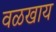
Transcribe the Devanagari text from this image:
वळखाय